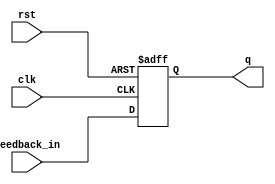
module feedback_register (
    input wire clk,            // Clock signal
    input wire rst,            // Asynchronous reset signal
    input wire feedback_in,     // Feedback input
    output reg q               // Output of the register
);

// Asynchronous reset and clock edge behavior
always @(posedge clk or posedge rst) begin
    if (rst) begin
        q <= 1'b0;             // Reset the register to 0
    end else begin
        q <= feedback_in;      // Capture the feedback input on clock edge
    end
end

endmodule